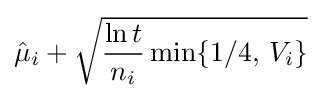
{\hat {\mu }}_{i}+{\sqrt {{\frac {\ln t}{n_{i}}}\min\{1/4,\,V_{i}\}}}